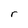
Character: r